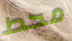
محط